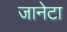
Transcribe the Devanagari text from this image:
जानेटा